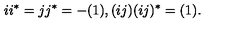
i i ^ { * } = j j ^ { * } = - ( 1 ) , ( i j ) ( i j ) ^ { * } = ( 1 ) .